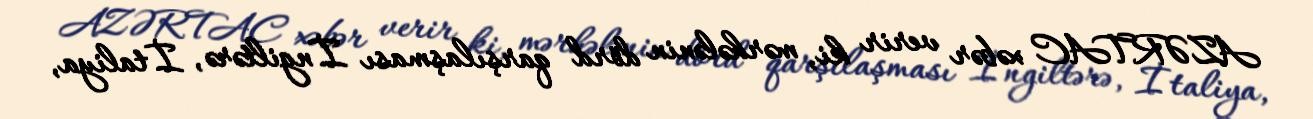
AZƏRTAC xəbər verir ki, mərhələnin dörd qarşılaşması İngiltərə, İtaliya,